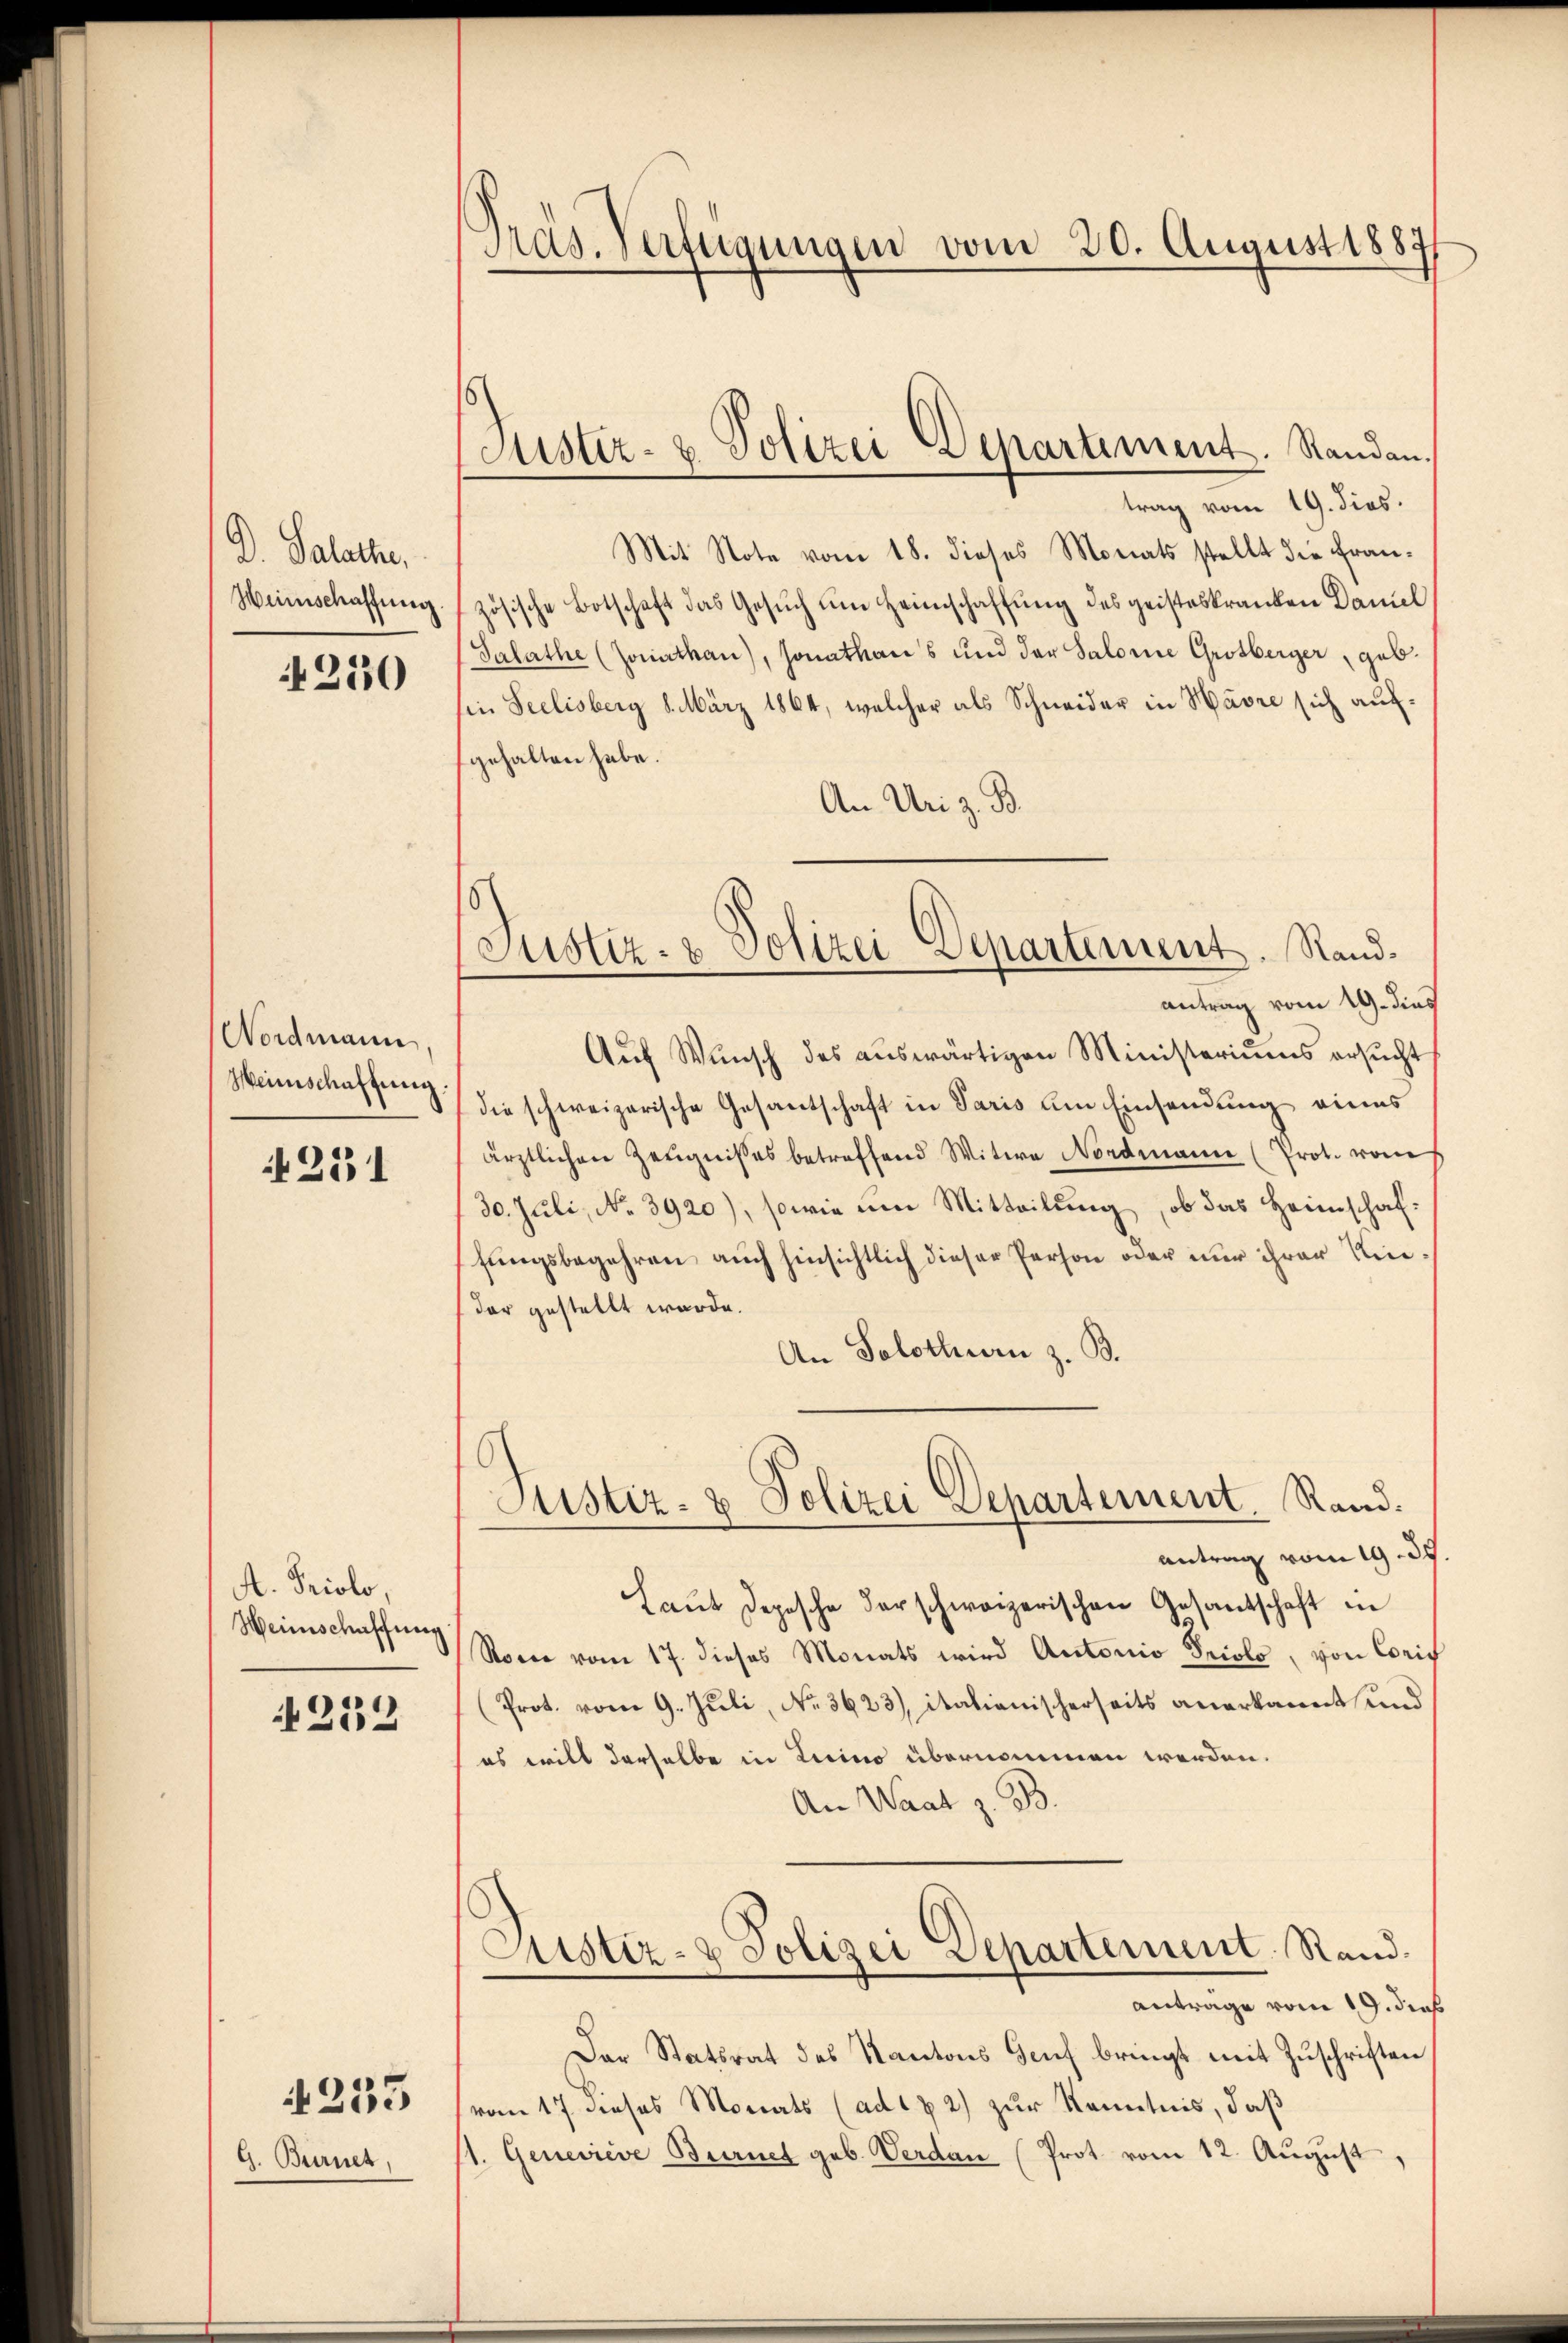
D. Salathe,
Heinschaffung.

4250

Nordmann
Weinschaftung.

251

A. Triolo,
Weinschaffung

252

G. Burnet,

233

Träs. Verfügungen vom 20. August 1887

Justiz- & Polizei Departement. Standen.
trag vom 19. dies.

Mit Note vom 18. dieses Monats stellt die Französische Botschaft das Gesŭch ŭm Heimschaffŭng des geisteskranken Daniel
Salathe (Zonathau), sonathans und der Salome Grotberger, geb.
sie Seelisberg 1. März 1864, welcher als Schneider in Havre sich aufgehalten habe.
An Uri z. B.
Auf Wunsch des auswärtigen Ministeriums ersucht
die schweizerische Gesantschaft in Paris um Einsendung eines
ärztlichen Zeŭgnisses betreffend Witwe Nordmann (Prot. vom
30. Juli, No. 3920), sowie um Mitteilŭng, ob das Haunschaf-
fungsbegehren, auch hinsichtlich dieser Person oder nur ihrer Kindar gestellt wurde.
An Solothurn z. B.
Justiz- & Polizei Departement. Rand.
antrag vom 19. 35.
Laŭt Depesche darschweizerischen Gesantschaft in
Rome vom 17. dieses Monats wird Antonio Prolo, von Coris
Prot. vom 9. Juli, No. 3623), italienischerseits anerkannt und
es will derselbe in Licino übernommen werden.
An Waat z. B.
Justiz- & Polizei Departement Rand
antrage vom 19. dieß
Der Statsrat des Kantons Genf bringt mit Zuschriften
vom 17 dieses Monats (ad182) zur Kenntnis, daß
1. Geneviève Burnet geb. Verdan (Prot. vom 12. Aŭgŭst

Justiz- & Polizei Departement. Randantrag vom 19. dies